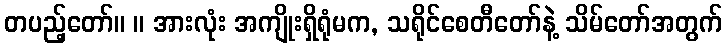
တပည့်တော်။ ။ အားလုံး အကျိုးရှိရုံမက, သရိုင်စေတီတော်နဲ့ သိမ်တော်အတွက်